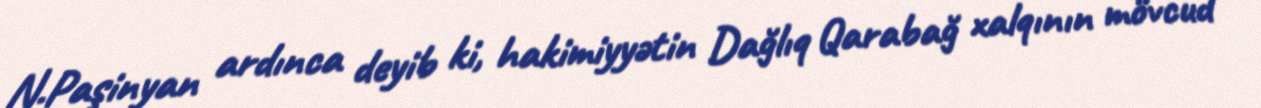
N.Paşinyan ardınca deyib ki, hakimiyyətin Dağlıq Qarabağ xalqının mövcud